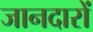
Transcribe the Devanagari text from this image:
जानदारों